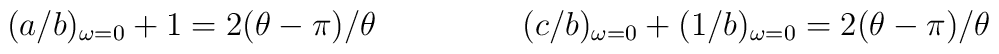
\begin{array}{ll}(a/b)_{\omega = 0} + 1 = 2(\theta-\pi)/\theta&\hspace{15mm} (c/b)_{\omega = 0} + (1/b)_{\omega = 0} = 2(\theta-\pi)/\theta\end{array}